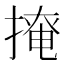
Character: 𢲅